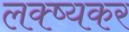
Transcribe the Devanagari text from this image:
लक्ष्यकर